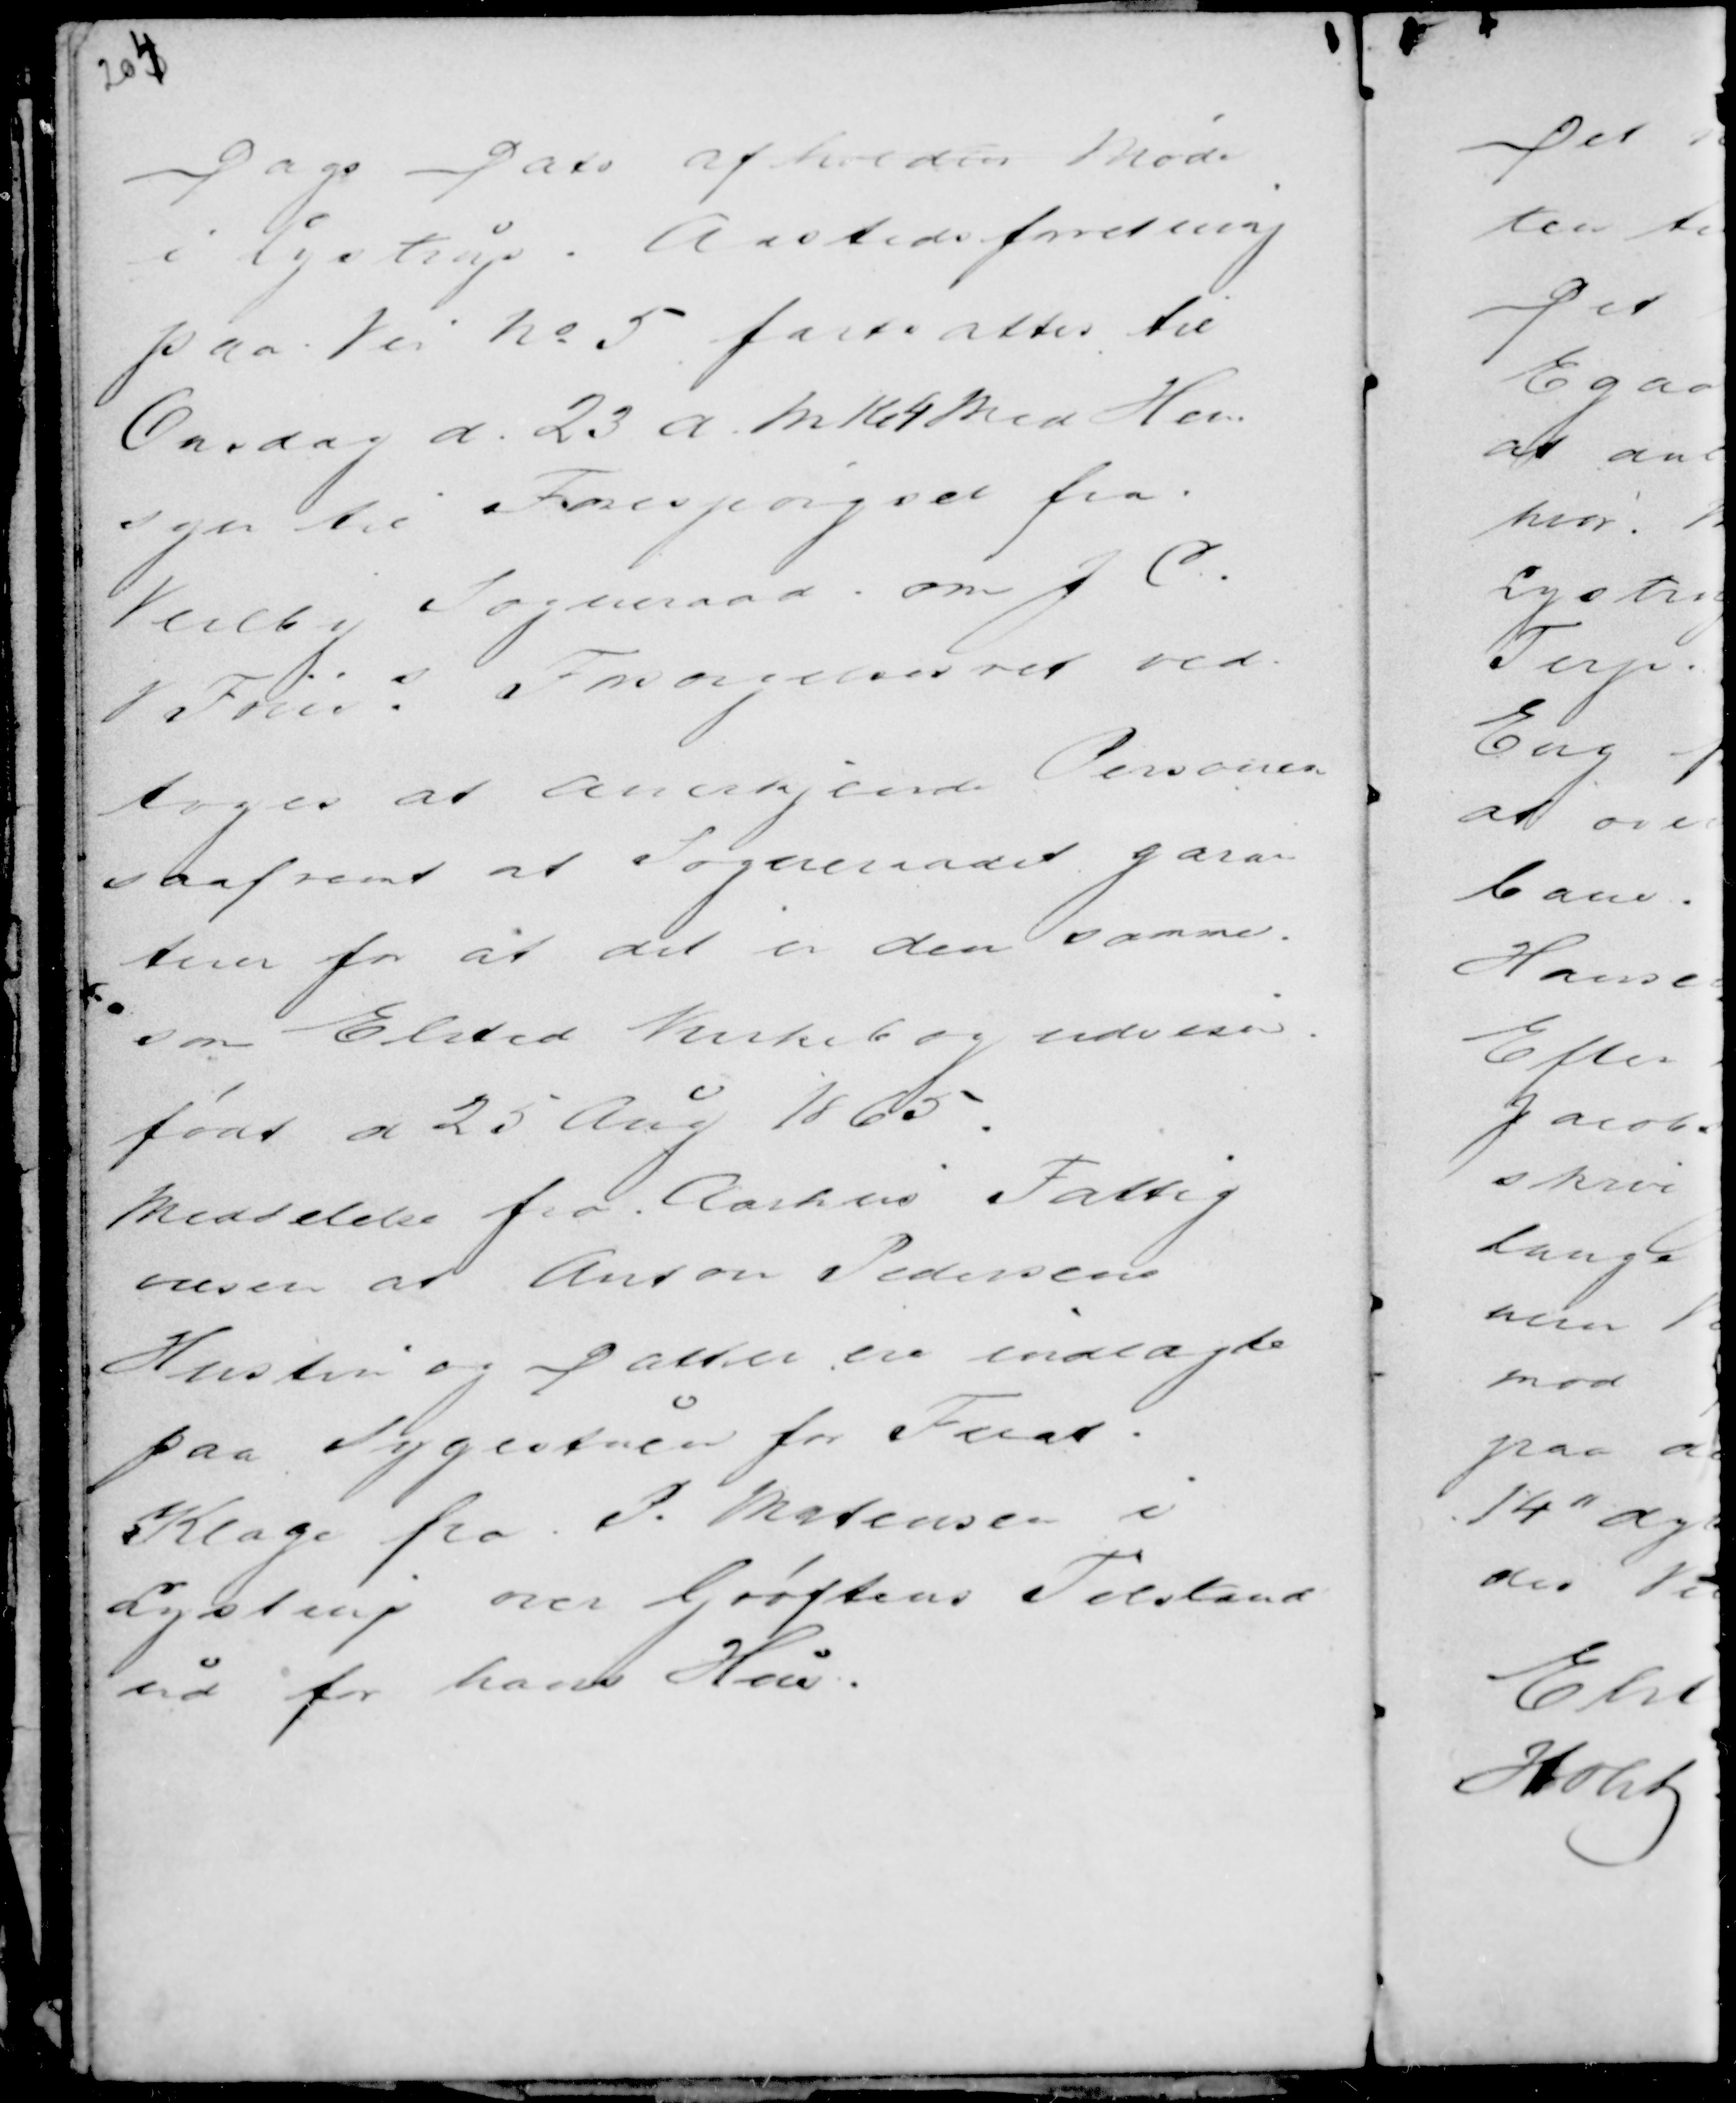
Transskription:
Dags Dato afholdtes Møde
i Lystrup. Aastedsforretning
paa Vei No 5 fastsattes til
Onsdag d. 23 a. M Kl 4 Med Hen
syn til Forespørgsel fra
Veilby Sogneraad om J C.
V Friis s Forsørgelsesret ved
toges at anerkjende Personen
saafremt at Sogneraadet garan
terer for at det er den samme
som Elsted Kirkebog anviser
født d 25 Aug 1865.
Meddelelse fra Aarhus Fattig
væsen at Anton Pedersens
Hustru og Datter ere indlagte
paa Sygestuen for Fnat.
Klage fra P. Mortensen i
Lystrup over Grøftens Tilstand
ud for hans Hus.